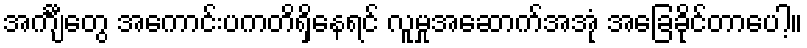
အင်္ကျီတွေ အကောင်းပကတိရှိနေရင် လူမှုအဆောက်အအုံ အခြေခိုင်တာပေါ့။